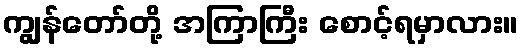
ကျွန်တော်တို့ အကြာကြီး စောင့်ရမှာလား။